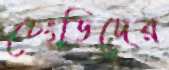
চেংড়িদের